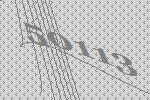
50113